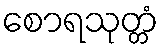
စောရသုတ္တံ